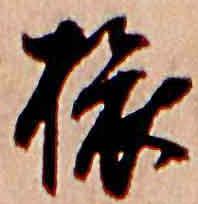
旅